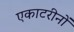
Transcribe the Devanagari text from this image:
एकाटरीनों